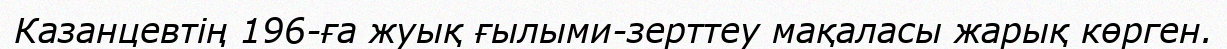
Казанцевтің 196-ға жуық ғылыми-зерттеу мақаласы жарық көрген.